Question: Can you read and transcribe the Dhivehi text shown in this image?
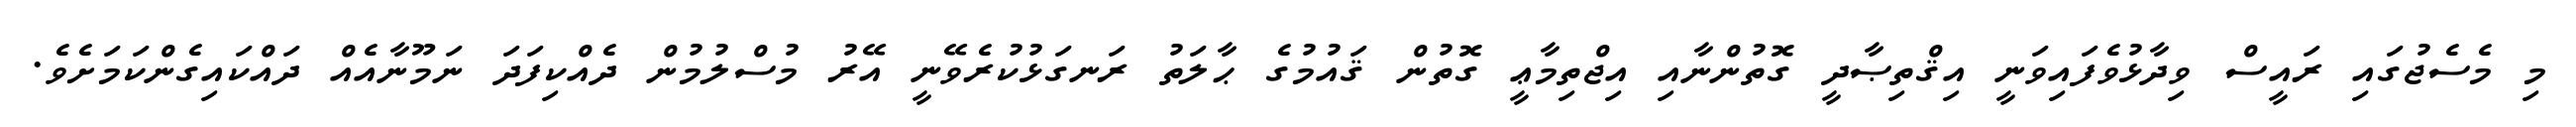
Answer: މި މެސެޖުގައި ރައީސް ވިދާޅުވެފައިވަނީ އިޤްތިޞާދީ ގޮތުންނާއި އިޖްތިމާޢީ ގޮތުން ޤައުމުގެ ޙާލަތު ރަނގަޅުކުރެވޭނީ އޭރު މުސްލުމުން ދެއްކިފަދަ ނަމޫނާއެއް ދައްކައިގެންކަމަށެވެ.